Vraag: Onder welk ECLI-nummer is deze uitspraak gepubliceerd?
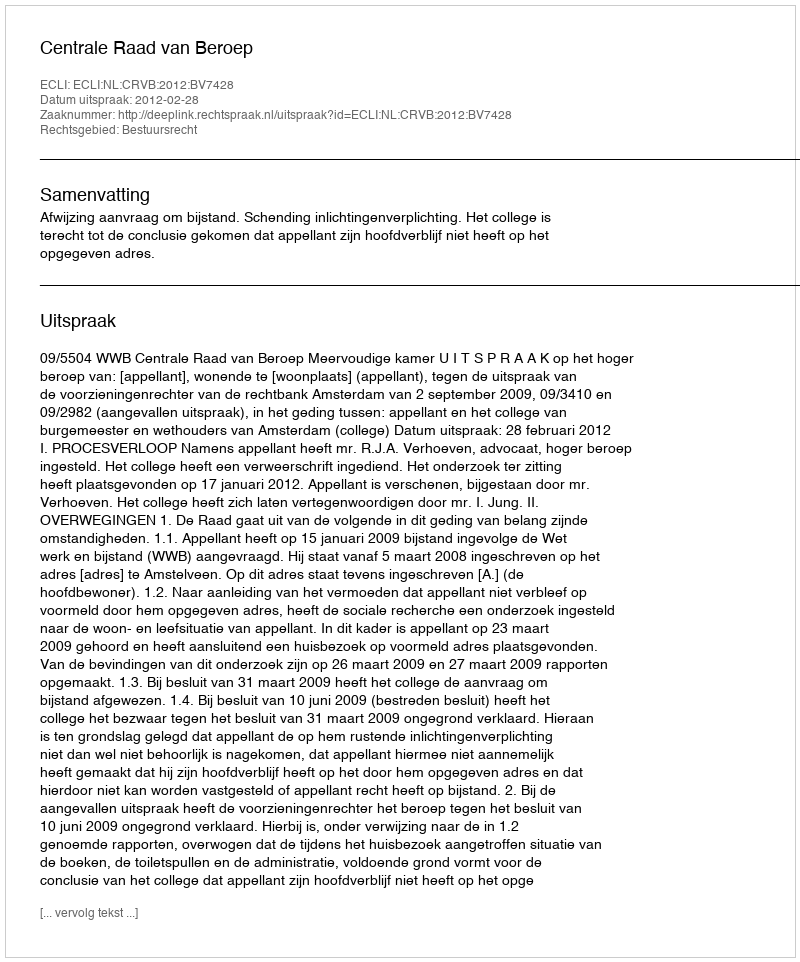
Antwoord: ECLI:NL:CRVB:2012:BV7428